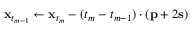
\mathbf { x } _ { t _ { m - 1 } } \gets \mathbf { x } _ { t _ { m } } - ( t _ { m } - t _ { m - 1 } ) \cdot ( \mathbf { p } + 2 \mathbf { s } )